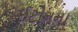
ઈટોનના